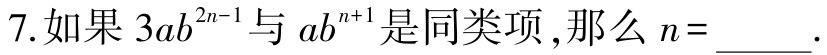
7.如果\(3ab^{2n - 1}\)与\(ab^{n + 1}\)是同类项，那么\(n=\underline{\quad\quad}\).